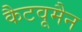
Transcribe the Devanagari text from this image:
कैटवूमैन